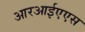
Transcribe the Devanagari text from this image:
आरआईएएस